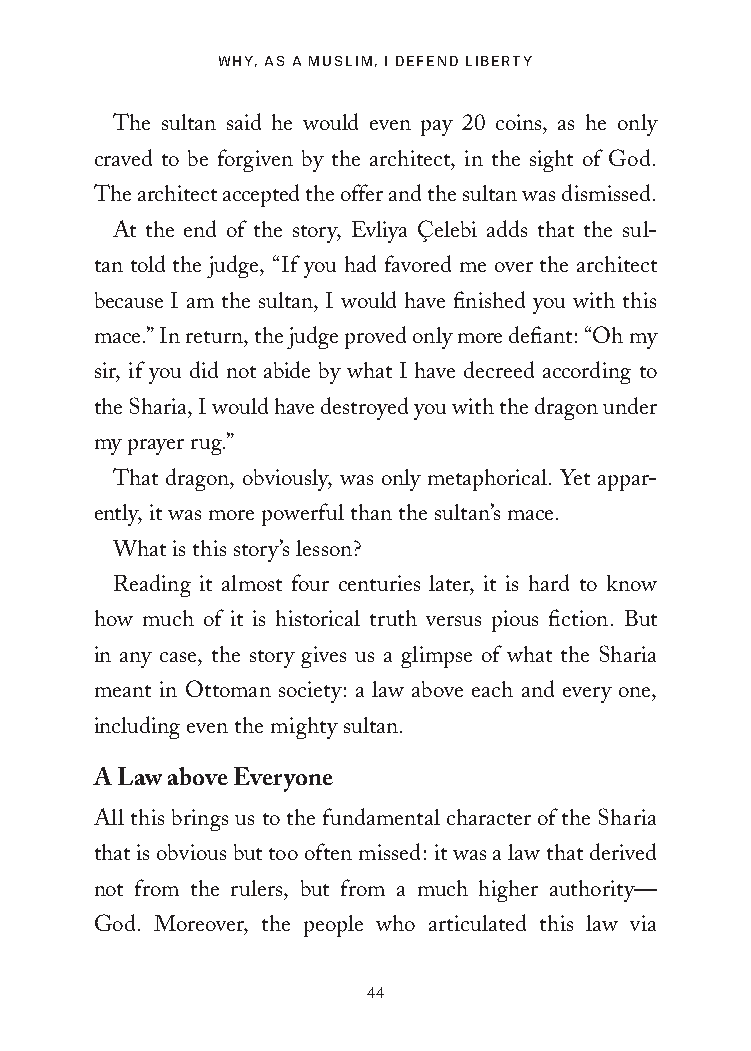
Why, as a MusliM, i DefenD liberty
 The sultan said he would even pay 20 coins, as he only
 craved to be forgiven by the architect, in the sight of God.
 The architect accepted the offer and the sultan was dismissed.
 At the end of the story, Evliya Çelebi adds that the sul-
 tan told the judge, “If you had favored me over the architect
 because I am the sultan, I would have finished you with this
 mace.” In return, the judge proved only more defiant: “Oh my
 sir, if you did not abide by what I have decreed according to
 the Sharia, I would have destroyed you with the dragon under
 my prayer rug.”
 That dragon, obviously, was only metaphorical. Yet appar-
 ently, it was more powerful than the sultan’s mace.
 What is this story’s lesson?
 Reading it almost four centuries later, it is hard to know
 how much of it is historical truth versus pious fiction. But
 in any case, the story gives us a glimpse of what the Sharia
 meant in Ottoman society: a law above each and every one,
 including even the mighty sultan.
 A Law above Everyone
 All this brings us to the fundamental character of the Sharia
 that is obvious but too often missed: it was a law that derived
 not from the rulers, but from a much higher authority—
 God. Moreover, the people who articulated this law via
 44
 25320_Ch03.indd 44                       6/25/21 4:57 AM